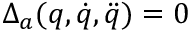
\Delta _ { a } ( q , \dot { q } , \ddot { q } ) = 0